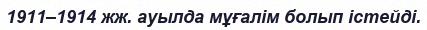
1911–1914 жж. ауылда мұғалім болып істейді.